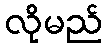
လိုမည်